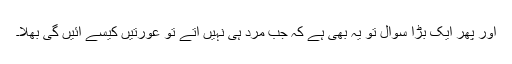
اور پھر ایک بڑا سوال تو یہ بھی ہے کہ جب مرد ہی نہیں آتے تو عورتیں کیسے آئیں گی بھلا۔